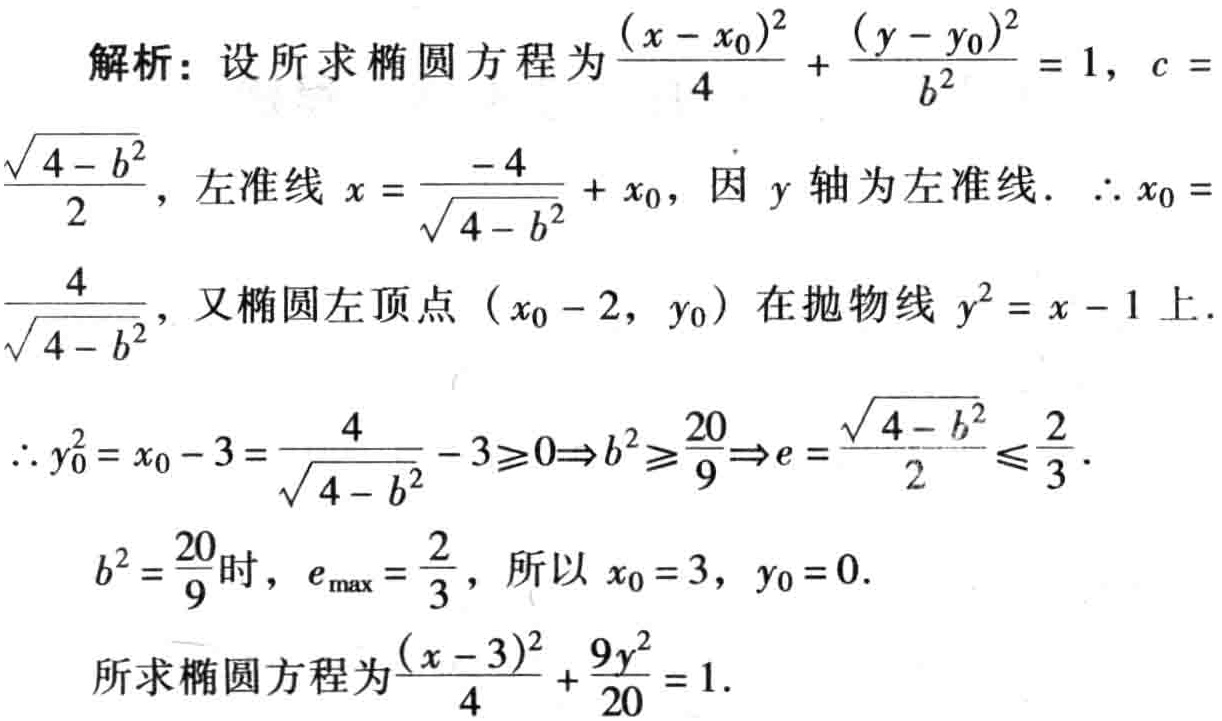
解析：设所求椭圆方程为\(\frac{(x - x_0)^2}{4} + \frac{(y - y_0)^2}{b^2} = 1\)，\(c = \frac{\sqrt{4 - b^2}}{2}\)，左准线\(x = \frac{-4}{\sqrt{4 - b^2}} + x_0\)，因 \(y\) 轴为左准线. \(\therefore x_0 = \frac{4}{\sqrt{4 - b^2}}\)，又椭圆左顶点 \((x_0 - 2, y_0)\) 在抛物线 \(y^2 = x - 1\) 上.
\(\therefore y_0^2 = x_0 - 3 = \frac{4}{\sqrt{4 - b^2}} - 3\geqslant0\Rightarrow b^2\geqslant\frac{20}{9}\Rightarrow e = \frac{\sqrt{4 - b^2}}{2} \leqslant \frac{2}{3}\).
\(b^2 = \frac{20}{9}\)时，\(e_{\max} = \frac{2}{3}\)，所以 \(x_0 = 3\)，\(y_0 = 0\).
所求椭圆方程为\(\frac{(x - 3)^2}{4} + \frac{9y^2}{20} = 1\).